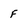
Character: F